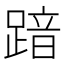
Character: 𮛾